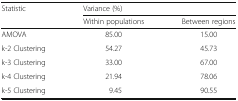
| <ROWSPAN=2> Statistic | <COLSPAN=2> Variance (%) |
 | Within populations | Between regions |
 | --- | --- | --- |
 | AMOVA | 85.00 | 15.00 |
 | k-2 Clustering | 54.27 | 45.73 |
 | k-3 Clustering | 33.00 | 67.00 |
 | k-4 Clustering | 21.94 | 78.06 |
 | k-5 Clustering | 9.45 | 90.55 |